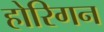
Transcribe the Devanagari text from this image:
होरिगन